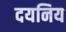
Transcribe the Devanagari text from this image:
दयनिय